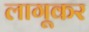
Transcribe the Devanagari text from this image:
लागूकर